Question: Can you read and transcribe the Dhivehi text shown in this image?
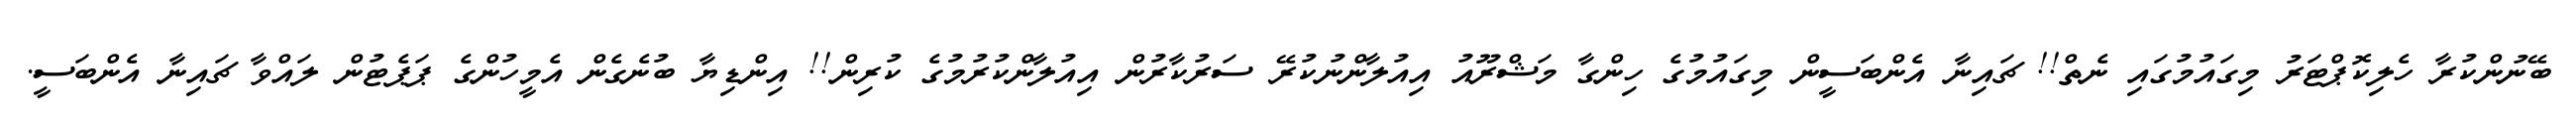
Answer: ބޭނުންކުރާ ހެލިކޮޕްޓަރު މިގައުމުގައި ނެތް!! ޗައިނާ އެންބަސީން މިގައުމުގެ ހިންގާ މަޝްރޫއު އިއުލާންނުކުރޭ ސަރުކާރުން އިއުލާންކުރުމުގެ ކުރިން!! އިންޑިޔާ ބުނެގެން އެމީހުންގެ ޕަޕެޓުން ލައްވާ ޗައިނާ އެންބަސީ.